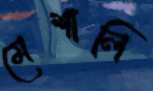
মেশালি